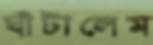
ঘাঁটালেম